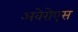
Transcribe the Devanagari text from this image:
अवेरोएस